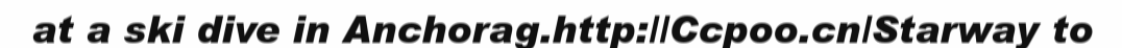
at a ski dive in Anchorag.http://Ccpoo.cn/Starway to